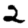
Digit: 2